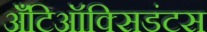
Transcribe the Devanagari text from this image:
अँटिऑक्सिडंटस